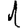
Digit: 1